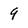
Character: 9